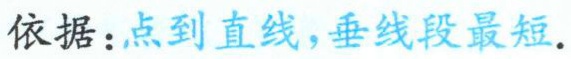
依据：点到直线，垂线段最短.